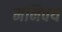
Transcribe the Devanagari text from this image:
मनिवय